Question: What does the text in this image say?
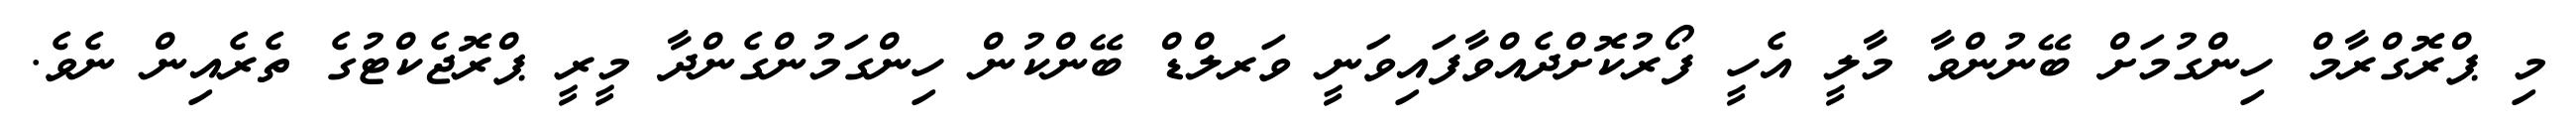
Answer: މި ޕްރޮގްރާމް ހިންގުމަށް ބޭނުންވާ މާލީ އެހީ ފޯރުކޮށްދެއްވާފައިވަނީ ވަރލްޑް ބޭންކުން ހިންގަމުންގެންދާ މީރީ ޕްރޮޖެކްޓުގެ ތެރެއިން ނެވެ.